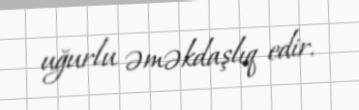
uğurlu əməkdaşlıq edir.